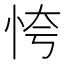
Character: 恗